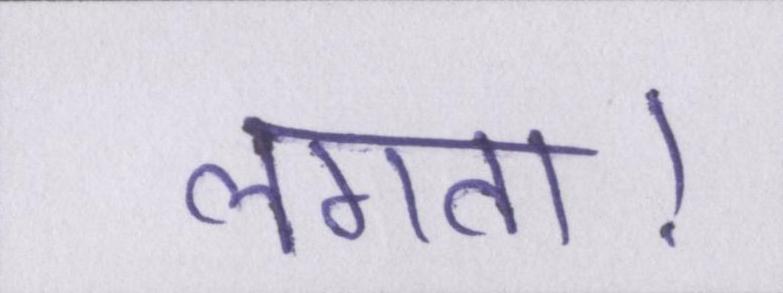
लगता।